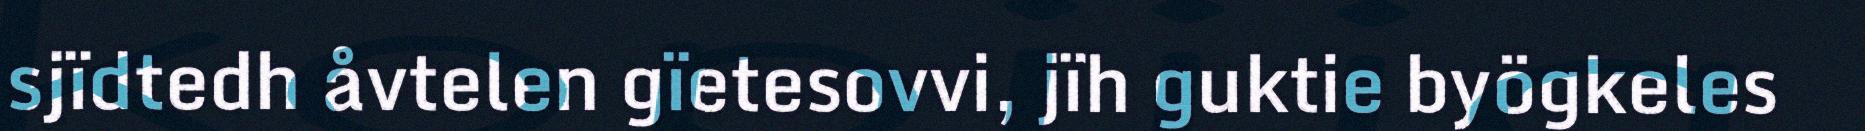
sjïdtedh åvtelen gïetesovvi, jïh guktie byögkeles